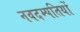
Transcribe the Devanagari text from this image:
नवदम्पतियों